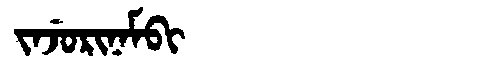
Manchu: ᠵᠠᠵᡠᡵᡳᠨᠠᠮᠪᡳ
Romanization: JAJURINAMBI